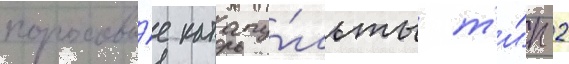
пороховы́е катапу́льты т'и́п 2